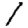
Digit: 1